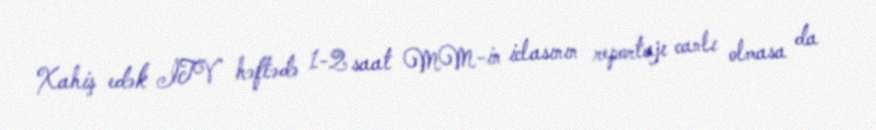
Xahiş edək İTV həftədə 1-2 saat MM-in iclasının reportajı canlı olmasa da